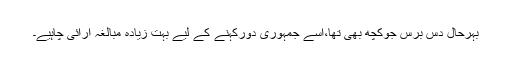
بہرحال دس برس جوکچھ بھی تھا،اسے جمہوری دورکہنے کے لیے بہت زیادہ مبالغہ آرائی چاہیے۔